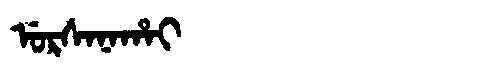
Manchu: ᡠᡵᠰᠠᠨᠠᡥᠠᡳ
Romanization: URSANAHAI